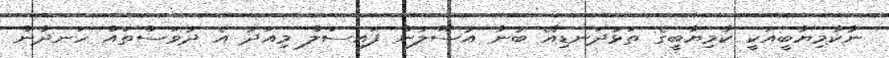
ނާކާމިޔާބީއަކީ ކާމިޔާބީގެ ތަޅުދަނޑިއޭ ބުނާ އުސޫލުން ފައިސަލް މިއަދު އެ ދުވަސްތައް ހަނދާން